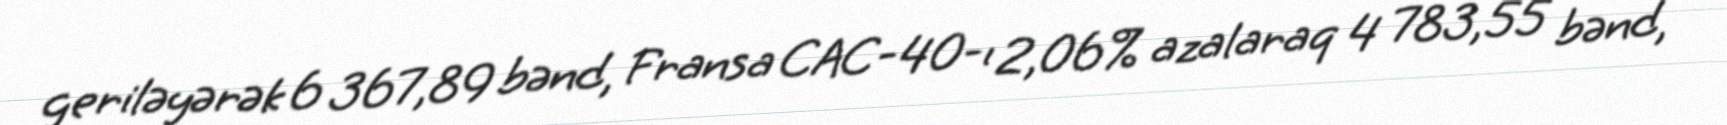
geriləyərək 6 367,89 bənd, Fransa CAC-40-ı 2,06% azalaraq 4 783,55 bənd,